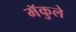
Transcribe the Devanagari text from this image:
मॅकुले